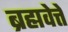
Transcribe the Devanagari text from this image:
ब्रह्मवेत्ते